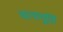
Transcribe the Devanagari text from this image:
वानापुर्ति